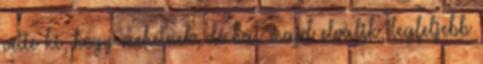
vette ki, hogy mehetnek, de hát majd elválik, legfeljebb